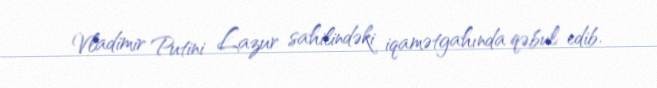
Vladimir Putini Lazur sahilindəki iqamətgahında qəbul edib.